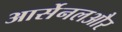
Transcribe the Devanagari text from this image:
आर्सेनलऔर